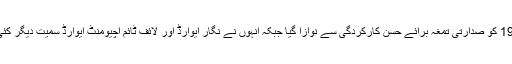
علی اعجاز کو 14 اگست 1993 کو صدارتی تمغہ برائے حسن کارکردگی سے نوازا گیا جبکہ انہوں نے نگار ایوارڈ اور لائف ٹائم اچیومنٹ ایوارڈ سمیت دیگر کئی اعزازات بھی اپنے نام کیے۔